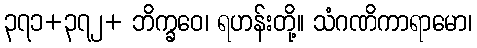
၃၇၁+၃၇၂+ ဘိက္ခဝေ၊ ရဟန်းတို့။ သံဂဏိကာရာမော၊